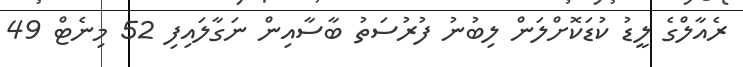
ރެއާލްގެ ލީޑު ކުޑަކޮށްލަން ލިބުނު ފުރުސަތު ބާސާއިން ނަގާލައިފި 52 މިނެޓް 49